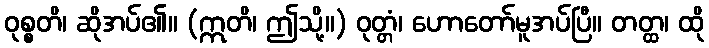
ဝုစ္စတိ၊ ဆိုအပ်၏။ (ဣတိ၊ ဤသို့။) ဝုတ္တံ၊ ဟောတော်မူအပ်ပြီ။ တတ္ထ၊ ထို